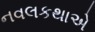
નવલકથાએ